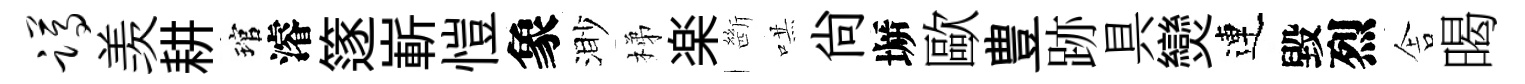
蹲羡耕琯濬篴嶄愷象渺梯楽㫁哄尚󶱲歐豊跡具𤓖連毀烈舎暍